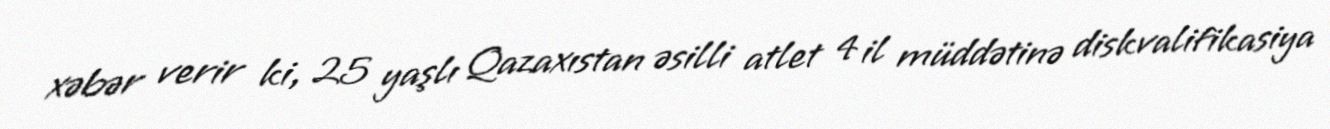
xəbər verir ki, 25 yaşlı Qazaxıstan əsilli atlet 4 il müddətinə diskvalifikasiya